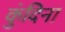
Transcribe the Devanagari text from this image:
कुंदिना